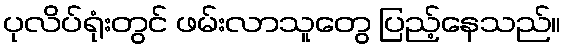
ပုလိပ်ရုံးတွင် ဖမ်းလာသူတွေ ပြည့်နေသည်။